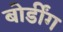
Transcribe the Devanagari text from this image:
बोर्डींग